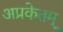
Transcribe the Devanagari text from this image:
अप्रकेतम्